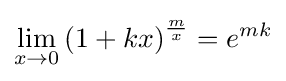
\lim _{x\to 0}\left(1+kx\right)^{\frac {m}{x}}=e^{mk}